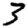
Digit: 3